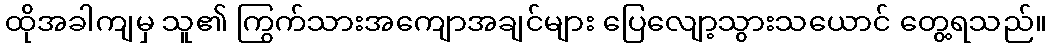
ထိုအခါကျမှ သူ၏ ကြွက်သားအကျောအချင်များ ပြေလျော့သွားသယောင် တွေ့ရသည်။